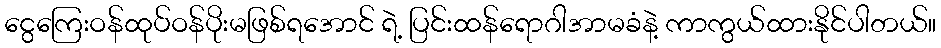
ငွေကြေးဝန်ထုပ်ဝန်ပိုးမဖြစ်ရအောင် ရဲ့ ပြင်းထန်ရောဂါအာမခံနဲ့ ကာကွယ်ထားနိုင်ပါတယ်။